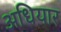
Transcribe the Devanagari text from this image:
अधियार